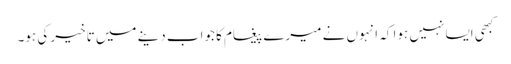
کبھی ایسا نہیں ہوا کہ انہوں نے میرے پیغام کا جواب دینے میں تاخیر کی ہو۔